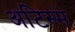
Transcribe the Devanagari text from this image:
अटिस्म